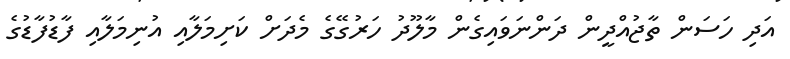
އަދި ހަސަން ތާޖުއްދީން ދަންނަވައިގެން މާލޫދު ހަރުގޭގެ މެދަށް ކަށިމަލާއި އުނިމަލާއި ފާޑުފާޑުގެ